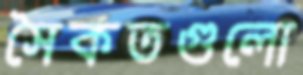
সৈকতগুলো